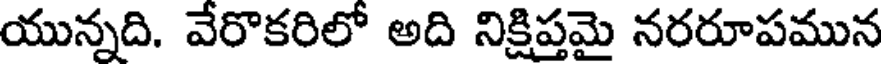
యున్నది. వేరొకరిలో అది నిక్షిప్తమై నరరూపమున